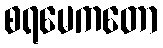
စရမေကတော